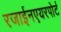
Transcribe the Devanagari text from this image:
रजाईनएयरपोर्ट